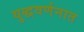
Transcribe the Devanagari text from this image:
युद्धवर्णनात